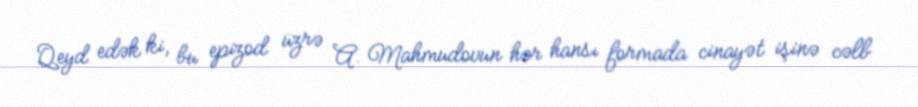
Qeyd edək ki, bu epizod üzrə A. Mahmudovun hər hansı formada cinayət işinə cəlb